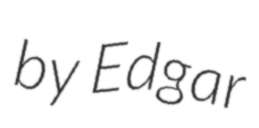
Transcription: by Edgar